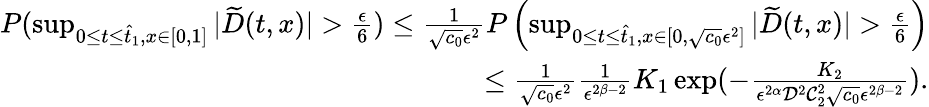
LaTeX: \begin{array}{r}{P(\operatorname*{sup}_{0\leq t\leq\hat{t}_{1},x\in[0,1]}|\widetilde{D}(t,x)|>\frac{\epsilon}{6})\leq\frac{1}{\sqrt{c_{0}}\epsilon^{2}}P\left(\operatorname*{sup}_{0\leq t\leq\hat{t}_{1},x\in[0,\sqrt{c_{0}}\epsilon^{2}]}|\widetilde{D}(t,x)|>\frac{\epsilon}{6}\right)}\\ {\leq\frac{1}{\sqrt{c_{0}}\epsilon^{2}}\frac{1}{\epsilon^{2\beta-2}}K_{1}\exp(-\frac{K_{2}}{\epsilon^{2\alpha}\mathcal{D}^{2}\mathcal{C}_{2}^{2}\sqrt{c_{0}}\epsilon^{2\beta-2}}).}\end{array}